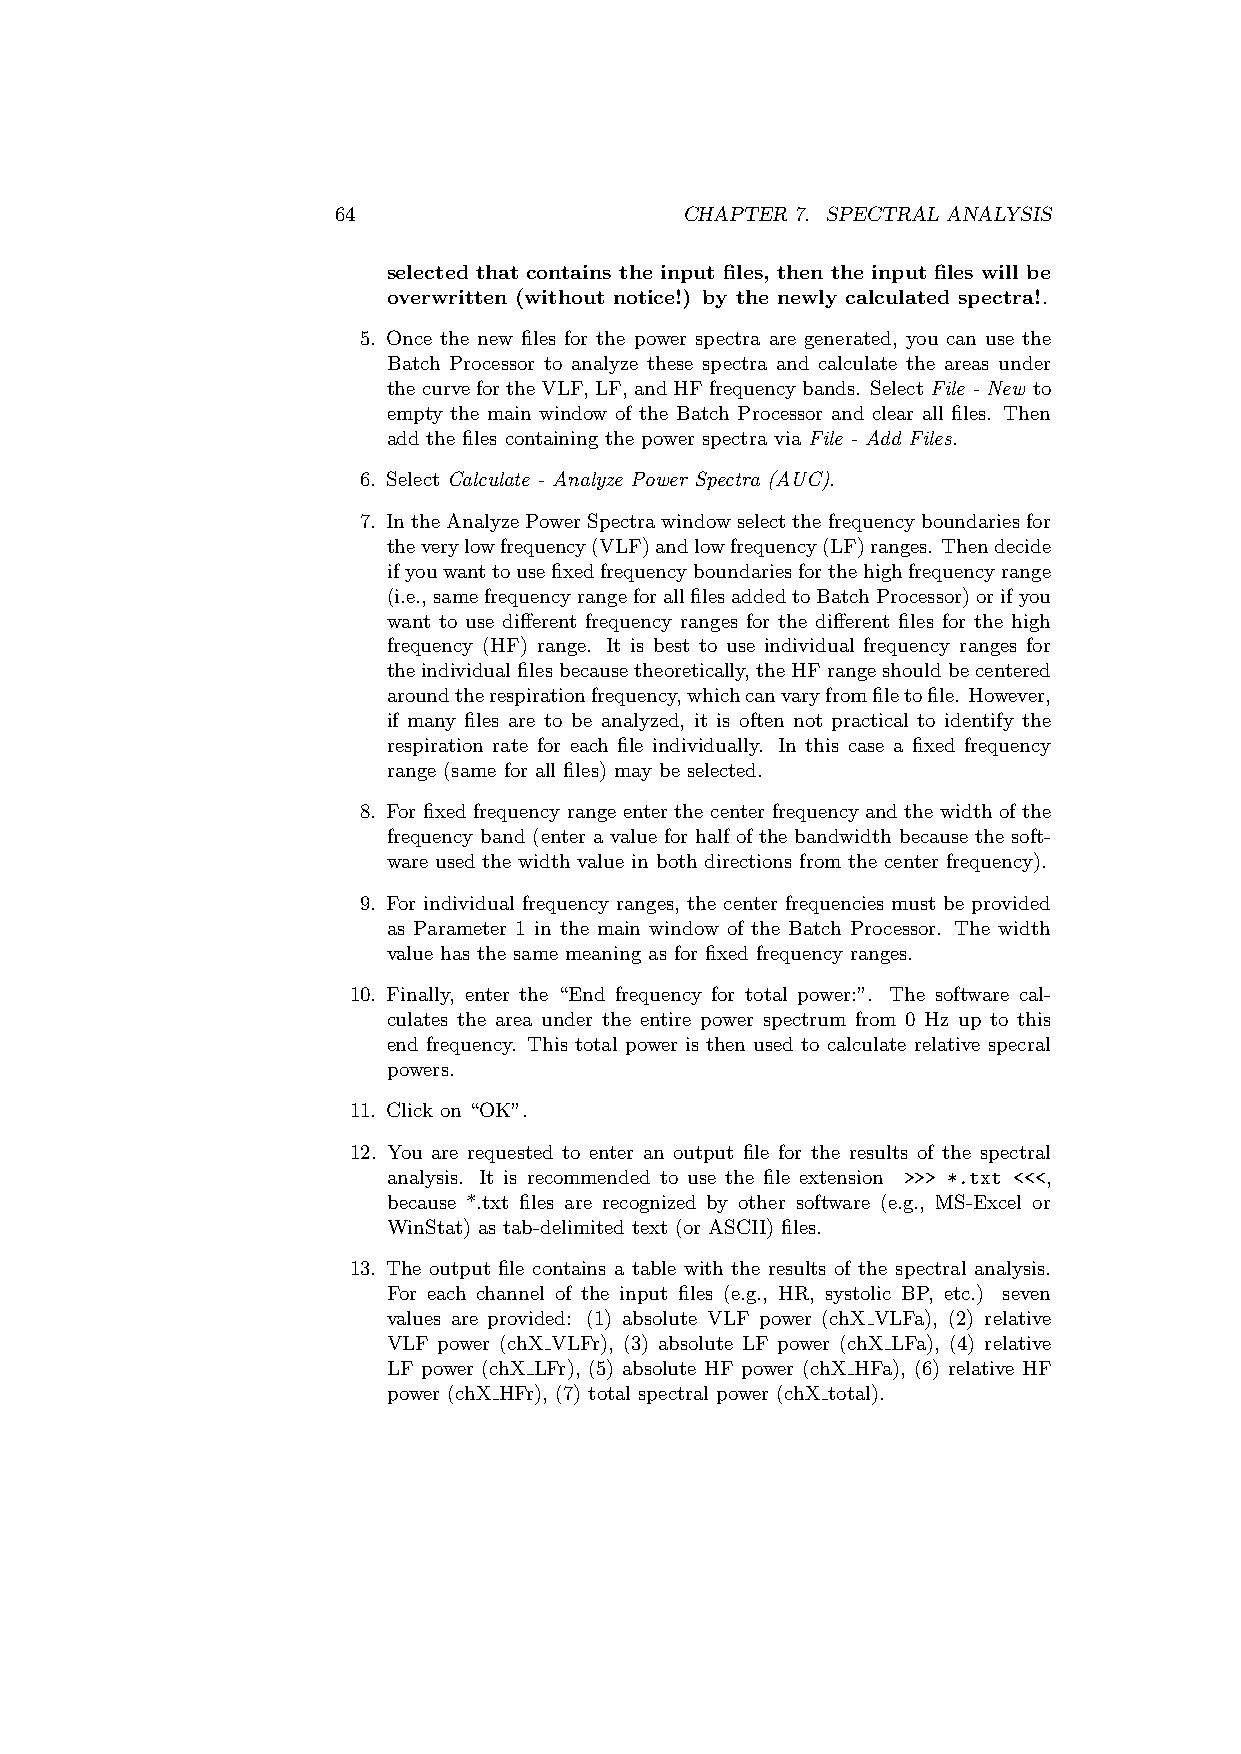
64                     CHAPTER 7. SPECTRAL ANALYSIS
 selected that contains the input files, then the input files will be
 overwritten (without notice!) by the newly calculated spectra!.
 5. Once the new files for the power spectra are generated, you can use the
 Batch Processor to analyze these spectra and calculate the areas under
 thecurvefortheVLF,LF,andHFfrequencybands. SelectFile - New to
 empty the main window of the Batch Processor and clear all files. Then
 add the files containing the power spectra via File - Add Files.
 6. Select Calculate - Analyze Power Spectra (AUC).
 7. IntheAnalyzePowerSpectrawindowselectthefrequencyboundariesfor
 theverylowfrequency(VLF)andlowfrequency(LF)ranges. Thendecide
 ifyouwanttousefixedfrequencyboundariesforthehighfrequencyrange
 (i.e.,samefrequencyrangeforallfilesaddedtoBatchProcessor)orifyou
 want to use different frequency ranges for the different files for the high
 frequency (HF) range. It is best to use individual frequency ranges for
 theindividualfilesbecausetheoretically,theHFrangeshouldbecentered
 aroundtherespirationfrequency,whichcanvaryfromfiletofile. However,
 if many files are to be analyzed, it is often not practical to identify the
 respiration rate for each file individually. In this case a fixed frequency
 range (same for all files) may be selected.
 8. For fixed frequency range enter the center frequency and the width of the
 frequency band (enter a value for half of the bandwidth because the soft-
 ware used the width value in both directions from the center frequency).
 9. For individual frequency ranges, the center frequencies must be provided
 as Parameter 1 in the main window of the Batch Processor. The width
 value has the same meaning as for fixed frequency ranges.
 10. Finally, enter the “End frequency for total power:”. The software cal-
 culates the area under the entire power spectrum from 0 Hz up to this
 end frequency. This total power is then used to calculate relative specral
 powers.
 11. Click on “OK”.
 12. You are requested to enter an output file for the results of the spectral
 analysis. It is recommended to use the file extension >>> *.txt <<<,
 because *.txt files are recognized by other software (e.g., MS-Excel or
 WinStat) as tab-delimited text (or ASCII) files.
 13. The output file contains a table with the results of the spectral analysis.
 For each channel of the input files (e.g., HR, systolic BP, etc.) seven
 values are provided: (1) absolute VLF power (chX VLFa), (2) relative
 VLF power (chX VLFr), (3) absolute LF power (chX LFa), (4) relative
 LF power (chX LFr), (5) absolute HF power (chX HFa), (6) relative HF
 power (chX HFr), (7) total spectral power (chX total).